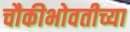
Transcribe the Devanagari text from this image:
चौकीभोवतीच्या